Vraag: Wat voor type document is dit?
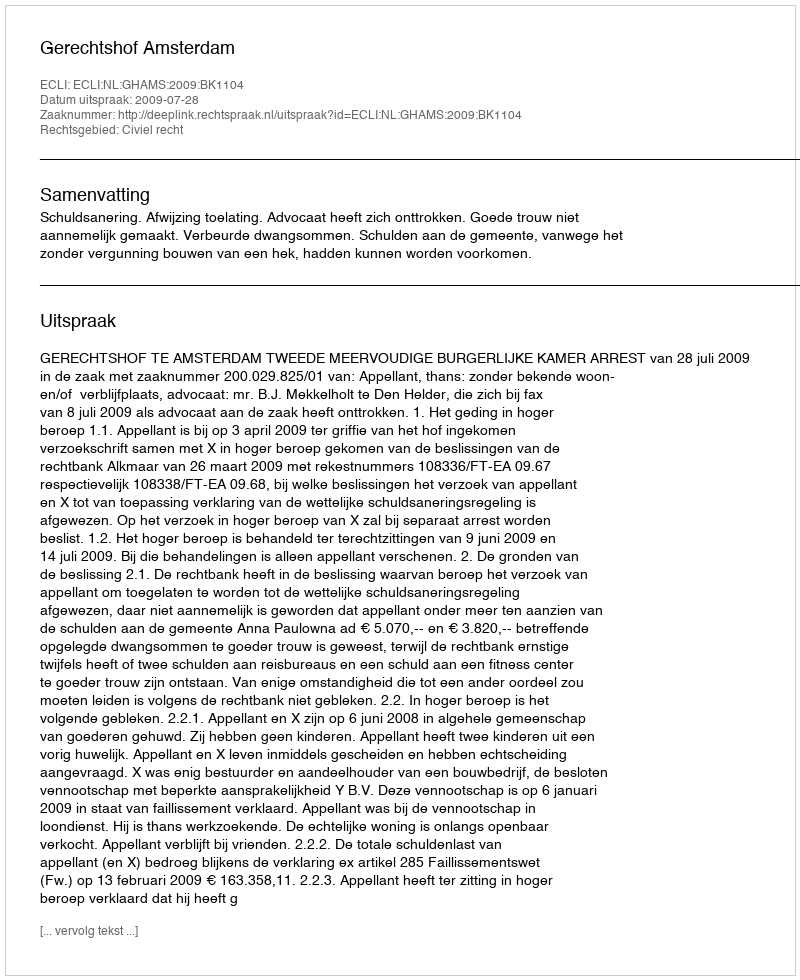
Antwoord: Uitspraak